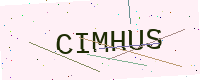
Text: CIMHUS